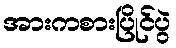
အားကစားပြိုင်ပွဲ